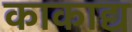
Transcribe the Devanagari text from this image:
काकाद्य